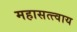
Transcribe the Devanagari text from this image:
महासत्त्वाय